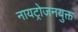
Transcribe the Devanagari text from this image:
नायट्रोजनयुक्त